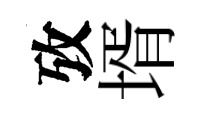
攷壻